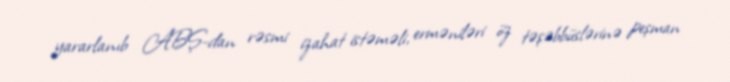
yararlanıb ABŞ-dan rəsmi izahat istəməli, erməniləri öz təşəbbüslərinə peşman